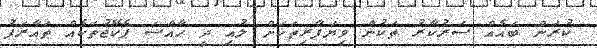
ކުރަން ބައެއް ސަރުކާރު ތަކުން ވިޔަފާރިތަކަށް ލުއި ދީ ހާއްސަ ޕެކޭޖުތަކެއް ތައާރަފު